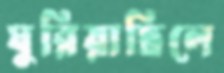
ঘুরিয়াছিলে